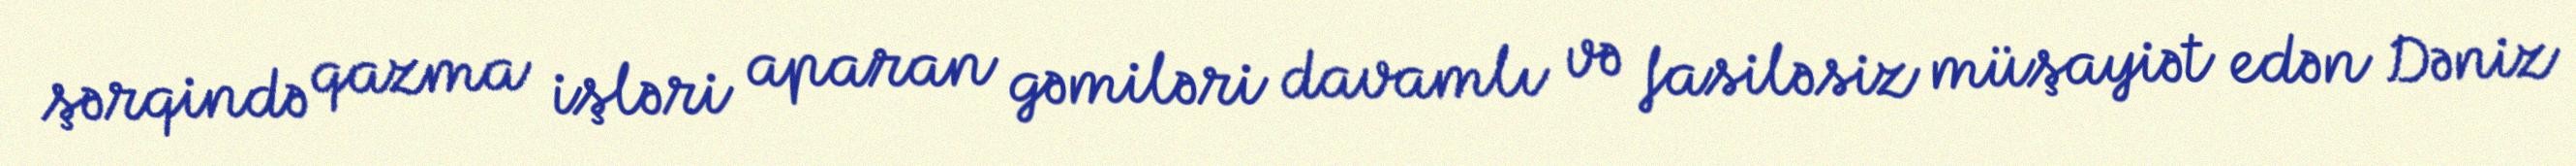
şərqində qazma işləri aparan gəmiləri davamlı və fasiləsiz müşayiət edən Dəniz